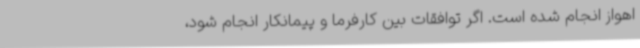
اهواز انجام شده است. اگر توافقات بین کارفرما و پیمانکار انجام شود،